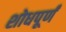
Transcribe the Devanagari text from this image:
शोधपूर्णं